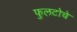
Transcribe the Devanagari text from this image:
फुलटोचे